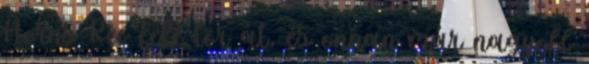
Horns Rev felé tör át, és onnan már nagyobb